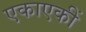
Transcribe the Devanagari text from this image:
एकाएकीं